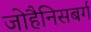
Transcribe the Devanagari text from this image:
जोहैनिसबर्ग